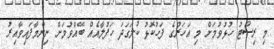
މި ރިސޯޓު ހުޅުވުމަށް މި އަހަރުގެ ފަހުކޮޅު ކުލަގަދަ ހަފުލާއެއް ބޭއްވުމަށް ނިންމާފައިވާއިރު